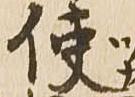
使